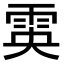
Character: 雵